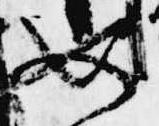
如